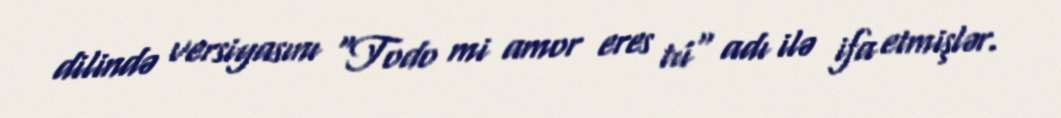
dilində versiyasını "Todo mi amor eres tú" adı ilə ifa etmişlər.